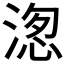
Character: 𭱖